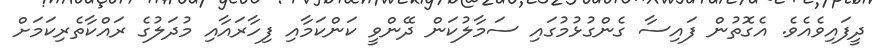
ދީފައިވެއެވެ. އެގޮތުން ފައިސާ ގެންގުޅުމުގައި ސަމާލުކަން ދޭންވީ ކަންކަމާއި ފިހާރައާއި މުދަލުގެ ރައްކާތެރިކަމަށް